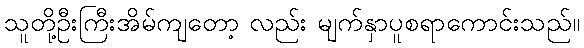
သူတို့ဦးကြီးအိမ်ကျတော့ လည်း မျက်နှာပူစရာကောင်းသည်။